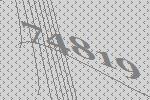
74819